Vaccination returns of the Province of Eastern Bengal and Assam - 1905-1912
Year: 1905
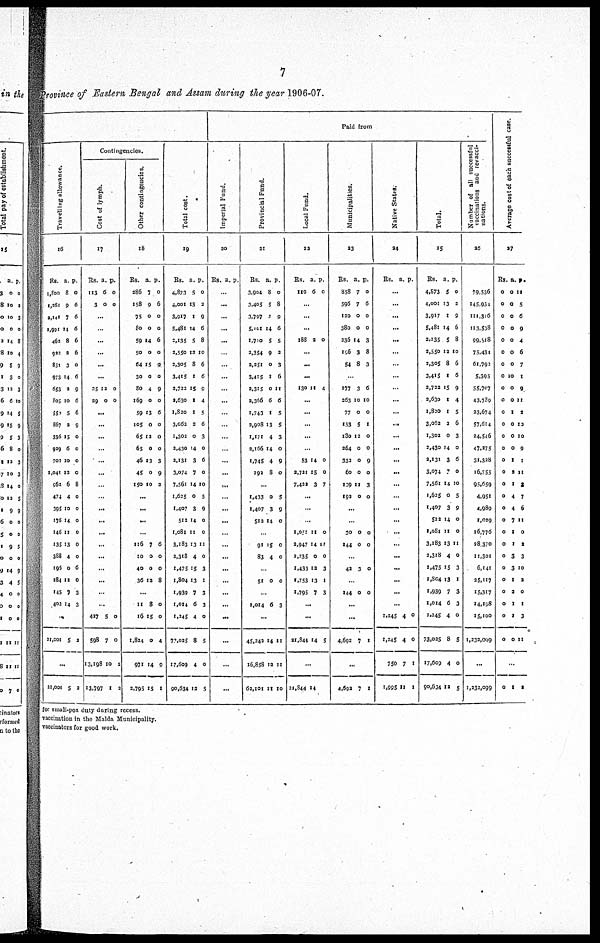
7
Province of Eastern Bengal and Assam during the year 1906-07.
Travelling allowance.
16
Rs.
1,800
1,261
3,141
2,991
462
922
831
973
653
805
550
867
336
929
701
1,041
962
474
395
176
146
135
388
195
284
145
401
a.
8
9
7
14
8
2
3
14
2
10
5
2
15
6
10
12
6
4
10
14
11
13
4
0
12
7
14
p.
0
6
6
6
6
6
0
6
9
6
6
9
0
0
0
0
8
0
0
0
0
0
0
6
0
3
3
..
21,001 5 2
...
21,001 5 2
Contingencies.
Cost of lymph.
17
Rs.
113
3
a.
6
0
p.
0
0
...
..
...
...
...
...
25
29
12
0
0
0
...
...
...
...
...
...
...
...
...
...
...
...
...
...
...
...
...
427
598
13,198
13,797
5
7
10
1
0
0
2
2
Other contingencies.
18
Rs.
286
158
75
80
59
50
64
30
80
169
59
105
65
65
46
45
150
a.
7
9
0
0
14
0
15
0
4
0
13
0
12
0
13
0
10
p.
0
6
0
0
6
0
9
0
9
0
6
0
0
0
3
9
2
...
...
...
...
116
10
40
36
7
0
0
12
6
0
0
8
...
11
16
1,834
971
2,795
8
15
0
14
15
0
0
4
9
I
Total cost.
19
Rs.
4,873
4,001
3,917
5,481
2,135
2,550
2,305
2,415
2,722
2,630
1,830
3,062
1,302
2,430
2,131
3,074
7,561
1,635
1,407
512
1,081
3,183
2,318
1,475
1,804
1,939
1,014
1,245
72,025
17,609
90,634
a.
5
13
1
14
5
12
8
1
15
1
1
2
0
14
3
7
14
0
3
14
11
13
4
15
13
7
6
4
8
4
12
p.
0
2
9
6
8
10
6
6
9
4
5
6
3
0
6
0
10
5
9
0
0
11
0
3
1
3
3
0
5
0
5
Paid from
I mper i
al Fund
.
2
0
Rs. a. p.
...
...
...
...
...
...
...
...
...
...
...
...
...
...
...
...
...
...
...
...
...
...
...
...
...
...
...
...
...
...
...
Provincial Fund.
21
Rs.
3,904
3,405
3,797
5,101
1,710
2,354
2,251
3,415
2,315
2,366
1,743
2,908
1,171
2,166
1,745
392
a.
8
5
1
14
5
9
0
1
0
6
1
13
4
14
4
8
P.
0
8
9
6
5
2
3
6
11
6
5
5
3
0
9
0
...
1,433
1,407
512
0
3
14
5
9
0
...
91
83
15
4
0
0
...
51 0 0
...
1,014 6 3
...
45,242
16,858
62,101
14
12
11
11
11
10
Local Fund.
22
Rs.
110
a.
6
p.
0
...
...
...
188 2 0
...
...
...
130 10 4
...
...
...
...
..
53
2,721
7,422
14
15
3
0
0
7
...
...
...
1,051
2,947
2,235
1,433
1,753
1,795
11
14
0
12
13
7
0
17
0
3
1
3
...
...
21,844 14 5
...
31,844 14
Municipalities.
23
Rs.
858
596
120
380
236
196
54
a.
7
7
0
0
14
3
8
p.
0
6
0
0
3
8
3
...
277
263
77
153
130
264
332
60
139
192
3
10
0
5
12
0
0
0
11
0
6
10
0
1
0
0
9
0
3
0
...
...
30
144
0
0
0
0
...
42 3 0
...
144 0 0
...
...
4,692 7 1
...
4,692 7 1
Native States.
24
Rs. a. p.
...
...
...
...
...
...
...
...
...
...
...
...
...
...
...
...
...
...
...
...
...
...
...
...
...
...
...
1,245
1,245
750
1,995
4
4
7
11
0
0
1
1
Total.
25
Rs.
4,873
4,001
3,917
5,481
2,135
2,550
2,305
3,415
2,722
2,630
1,820
3,052
1,302
3,430
2,131
3,074
7,561
1,625
1,407
512
1,081
3,183
3,318
1,475
1,804
1,939
1,014
1,245
73,025
17,609
90,634
a.
5
13
1
14
5
12
8
1
15
1
1
2
0
14
3
7
14
0
3
14
11
13
4
15
13
7
6
4
8
4
12
p.
0
2
9
6
8
10
6
6
9
4
5
6
3
0
6
0
10
5
9
0
0
11
0
3
1
3
3
0
5
0
5
Number of all successful
vaccinations and revac-
-ations.
26
79,536
145,934
111,316
113,538
99,518
75,434
61,792
5,395
55,707
43,789
23,674
57,614
24,546
47,275
31,328
16,755
95,659
4,951
4,989
1,029
16,776
28,370
11,301
6,141
35,117
15,317
14,198
15,100
1,232,099
...
1,232,099
Average cost of each successful case.
27
Rs.
0
0
0
0
0
0
0
0
0
0
0
0
0
0
0
0
0
0
0
0
0
0
0
0
0
0
0
0
0
a.
0
0
0
0
0
0
0
10
0
0
1
0
0
0
1
2
1
4
4
7
1
1
3
3
1
2
1
1
0
p.
11
5
6
9
4
6
7
1
9
11
2
13
10
9
1
11
2
7
6
11
0
2
3
10
2
0
1
3
11
...
0 1 2
for small-pox duty during recess.
vaccination in the Malda Municipality.
vaccinators for good work.